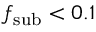
f _ { \mathrm { s u b } } < 0 . 1